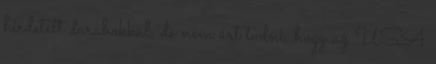
hirdetett darabokkal, de nem árt tudni, hogy az USA